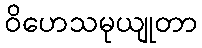
ဝိဟေသမုယျုတာ